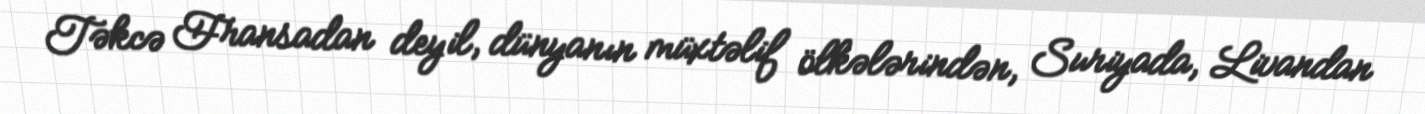
Təkcə Fransadan deyil, dünyanın müxtəlif ölkələrindən, Suriyada, Livandan